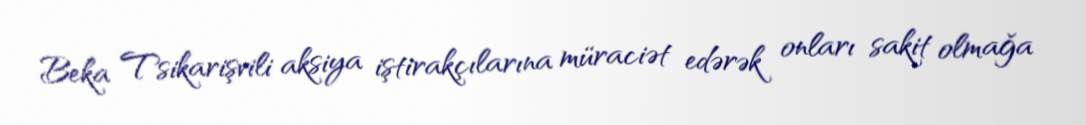
Beka Tsikarişvili aksiya iştirakçılarına müraciət edərək onları sakit olmağa